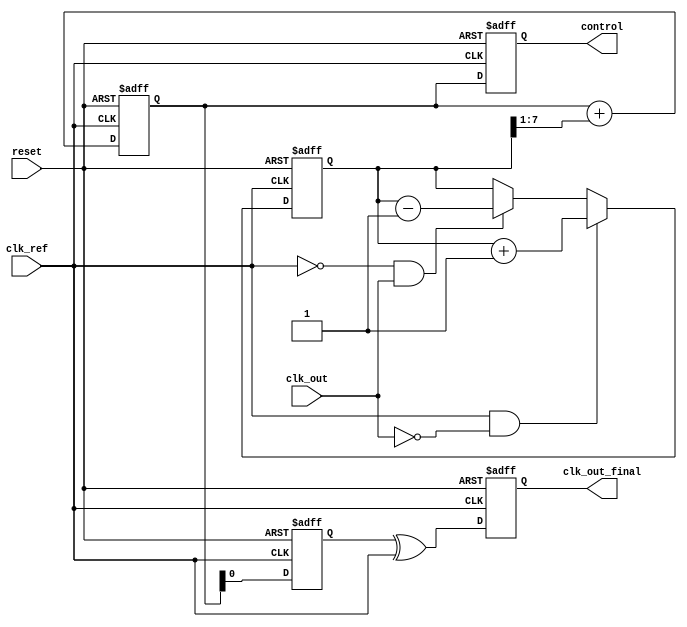
module adpll (
    input wire clk_ref,        // Reference clock input
    input wire clk_out,        // Output clock from DCO
    input wire reset,          // Asynchronous reset
    output reg clk_out_final,  // Final output clock
    output reg [7:0] control   // Control signal for DCO
);

// Parameters
parameter PHASE_ERROR_WIDTH = 8; // Width of phase error signal
parameter CONTROL_WIDTH = 8;      // Width of control signal
parameter MEMORY_SIZE = 256;      // Size of memory blocks

// Memory blocks for phase information
reg [PHASE_ERROR_WIDTH-1:0] phase_memory [0:MEMORY_SIZE-1];

// Phase Detector (PD)
reg [PHASE_ERROR_WIDTH-1:0] phase_error;
always @(posedge clk_ref or posedge reset) begin
    if (reset) begin
        phase_error <= 0;
    end else begin
        // Simple phase detection logic (example)
        // This can be replaced with a more sophisticated phase detection algorithm
        if (clk_ref && !clk_out) begin
            phase_error <= phase_error + 1; // Increment phase error
        end else if (!clk_ref && clk_out) begin
            phase_error <= phase_error - 1; // Decrement phase error
        end
    end
end

// Loop Filter (LF)
reg [CONTROL_WIDTH-1:0] loop_filter_output;
always @(posedge clk_ref or posedge reset) begin
    if (reset) begin
        loop_filter_output <= 0;
    end else begin
        // Simple low-pass filter implementation
        loop_filter_output <= loop_filter_output + (phase_error >> 1); // Example smoothing
    end
end

// Digitally Controlled Oscillator (DCO)
reg [CONTROL_WIDTH-1:0] dco_frequency;
always @(posedge clk_ref or posedge reset) begin
    if (reset) begin
        dco_frequency <= 0;
        clk_out_final <= 0;
    end else begin
        dco_frequency <= loop_filter_output; // Update DCO frequency based on loop filter output
        // Generate output clock based on DCO frequency (simplified)
        clk_out_final <= (dco_frequency[0] ^ clk_ref); // Example clock generation
    end
end

// Control signal for DCO
always @(posedge clk_ref or posedge reset) begin
    if (reset) begin
        control <= 0;
    end else begin
        control <= loop_filter_output[CONTROL_WIDTH-1:0]; // Control signal for DCO
    end
end

endmodule